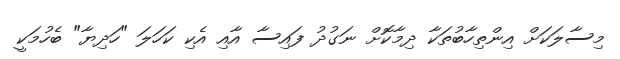
މިސާލަކަށް އިންތިހާބުތަކާ ދިމާކޮށް ނަގުދު ފައިސާ އާއި އެކި ކަހަލަ "ހަދިޔާ" ބެހުމަކީ